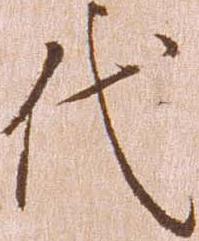
代